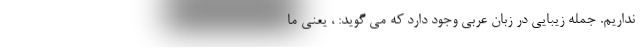
نداریم. جمله زیبایی در زبان عربی وجود دارد که می گوید: ، یعنی ما